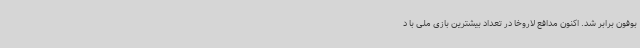
بوفون برابر شد. اکنون مدافع لاروخا در تعداد بیشترین بازی ملی با د